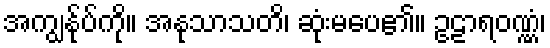
အကျွန်ုပ်ကို။ အနုသာသတိ၊ ဆုံးမပေ၏။ ဥဠာရဝဏ္ဏံ၊